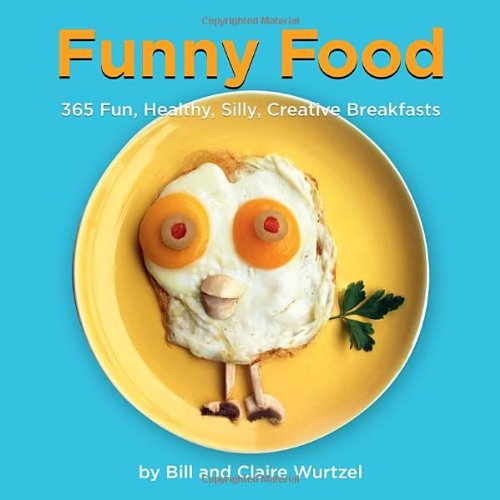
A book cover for Funny Food: 365 Fun, Healthy, Silly, Creative Breakfasts; Bill Wurtzel; Cookbooks, Food & Wine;